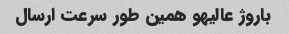
باروژ عالیهو همین طور سرعت ارسال